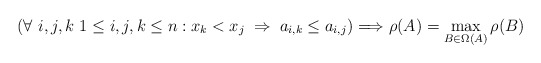
\begin{align*}\left(\forall\ i,j,k\ 1\leq i,j,k\leq n: x_k < x_j\;\Rightarrow\; a_{i,k}\leq a_{i,j}\right)\Longrightarrow \rho(A)=\max_{B\in\Omega(A)}\rho(B) \end{align*}